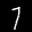
Label: 7